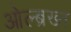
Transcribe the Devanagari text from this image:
ओल्ब्रख्त